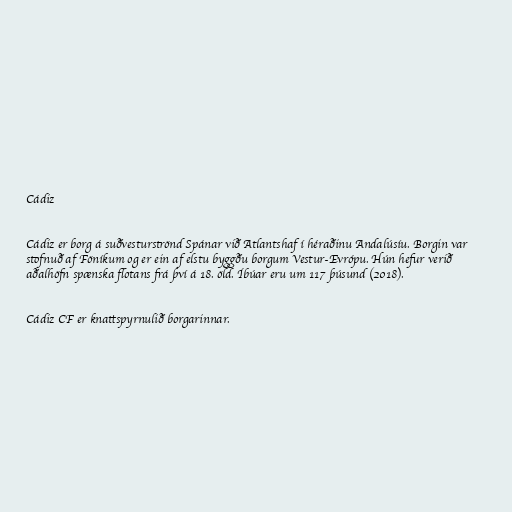
Cádiz

Cádiz er borg á suðvesturströnd Spánar við Atlantshaf í héraðinu Andalúsíu. Borgin var
stofnuð af Föníkum og er ein af elstu byggðu borgum Vestur-Evrópu. Hún hefur verið
aðalhöfn spænska flotans frá því á 18. öld. Íbúar eru um 117 þúsund (2018).

Cádiz CF er knattspyrnulið borgarinnar.